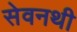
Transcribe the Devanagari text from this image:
सेवनथी